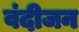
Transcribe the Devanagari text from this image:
वंदीजन